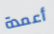
أعمدة